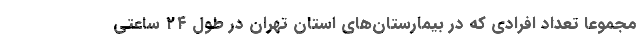
مجموعا تعداد افرادی که در بیمارستان‌های استان تهران در طول ۲۴ ساعتی